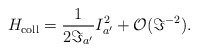
\begin{align*}H_{\rm coll} = \frac{1}{2 \Im_{a'}} I_{a'}^2 + {\cal O}(\Im^{-2}) .\end{align*}